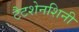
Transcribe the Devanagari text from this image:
टैटशेनशिनी